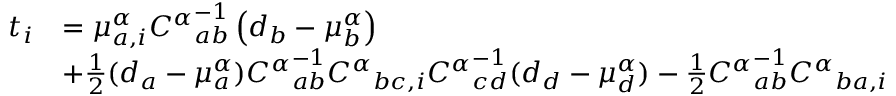
\begin{array} { r l } { t _ { i } } & { = \mu _ { a , i } ^ { \alpha } { C ^ { \alpha } } _ { a b } ^ { - 1 } \left( { d _ { b } - \mu _ { b } ^ { \alpha } } \right) } \\ & { + \frac { 1 } { 2 } ( d _ { a } - \mu _ { a } ^ { \alpha } ) { C ^ { \alpha } } _ { a b } ^ { - 1 } { C ^ { \alpha } } _ { b c , i } { C ^ { \alpha } } _ { c d } ^ { - 1 } ( d _ { d } - \mu _ { d } ^ { \alpha } ) - \frac { 1 } { 2 } { C ^ { \alpha } } _ { a b } ^ { - 1 } { C ^ { \alpha } } _ { b a , i } } \end{array}